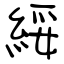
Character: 綏